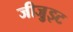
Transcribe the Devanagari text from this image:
जीजु़इट